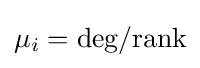
\mu _{i}={\text{deg}}/{\text{rank}}